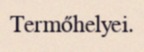
Termőhelyei.